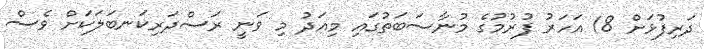
ދަރިފުޅަށް 18 އަހަރު ފުރުމުގެ މުނާސަބަތުގައި މިއަދު މި ވަނީ ރަސްދަރިކަނބަލަކަށް ވެސް